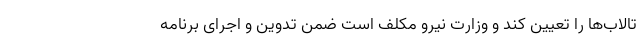
تالاب‌ها را تعیین کند و وزارت نیرو مکلف است ضمن تدوین و اجرای برنامه